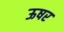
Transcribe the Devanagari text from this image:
ऊषर